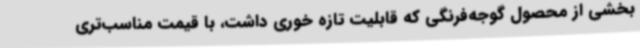
بخشی از محصول گوجه‌فرنگی که قابلیت تازه خوری داشت، با قیمت مناسب‌تری